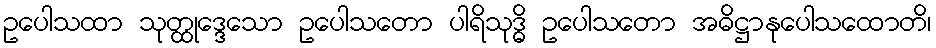
ဥပေါသထာ သုတ္ထုဒ္ဒေသော ဥပေါသတော ပါရိသုဒ္ဓိ ဥပေါသတော အဓိဋ္ဌာနုပေါသထောတိ၊